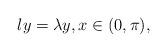
LaTeX: \begin{align*} l y = \lambda y, x \in (0, \pi),\end{align*}